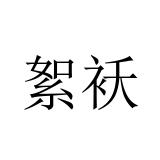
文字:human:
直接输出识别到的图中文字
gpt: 絮袄